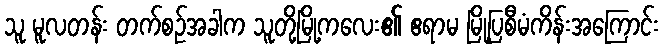
သူ မူလတန်း တက်စဉ်အခါက သူတို့မြို့ကလေး၏ ဧရာမ မြို့ပြစီမံကိန်းအကြောင်း